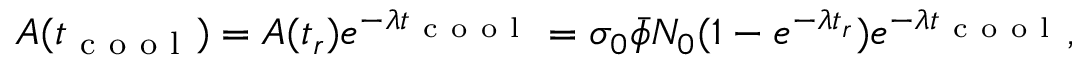
A ( t _ { \mathrm { ~ c ~ o ~ o ~ l ~ } } ) = A ( t _ { r } ) e ^ { - \lambda t _ { \mathrm { ~ c ~ o ~ o ~ l ~ } } } = \sigma _ { 0 } \bar { \phi } N _ { 0 } ( 1 - e ^ { - \lambda t _ { r } } ) e ^ { - \lambda t _ { \mathrm { ~ c ~ o ~ o ~ l ~ } } } ,